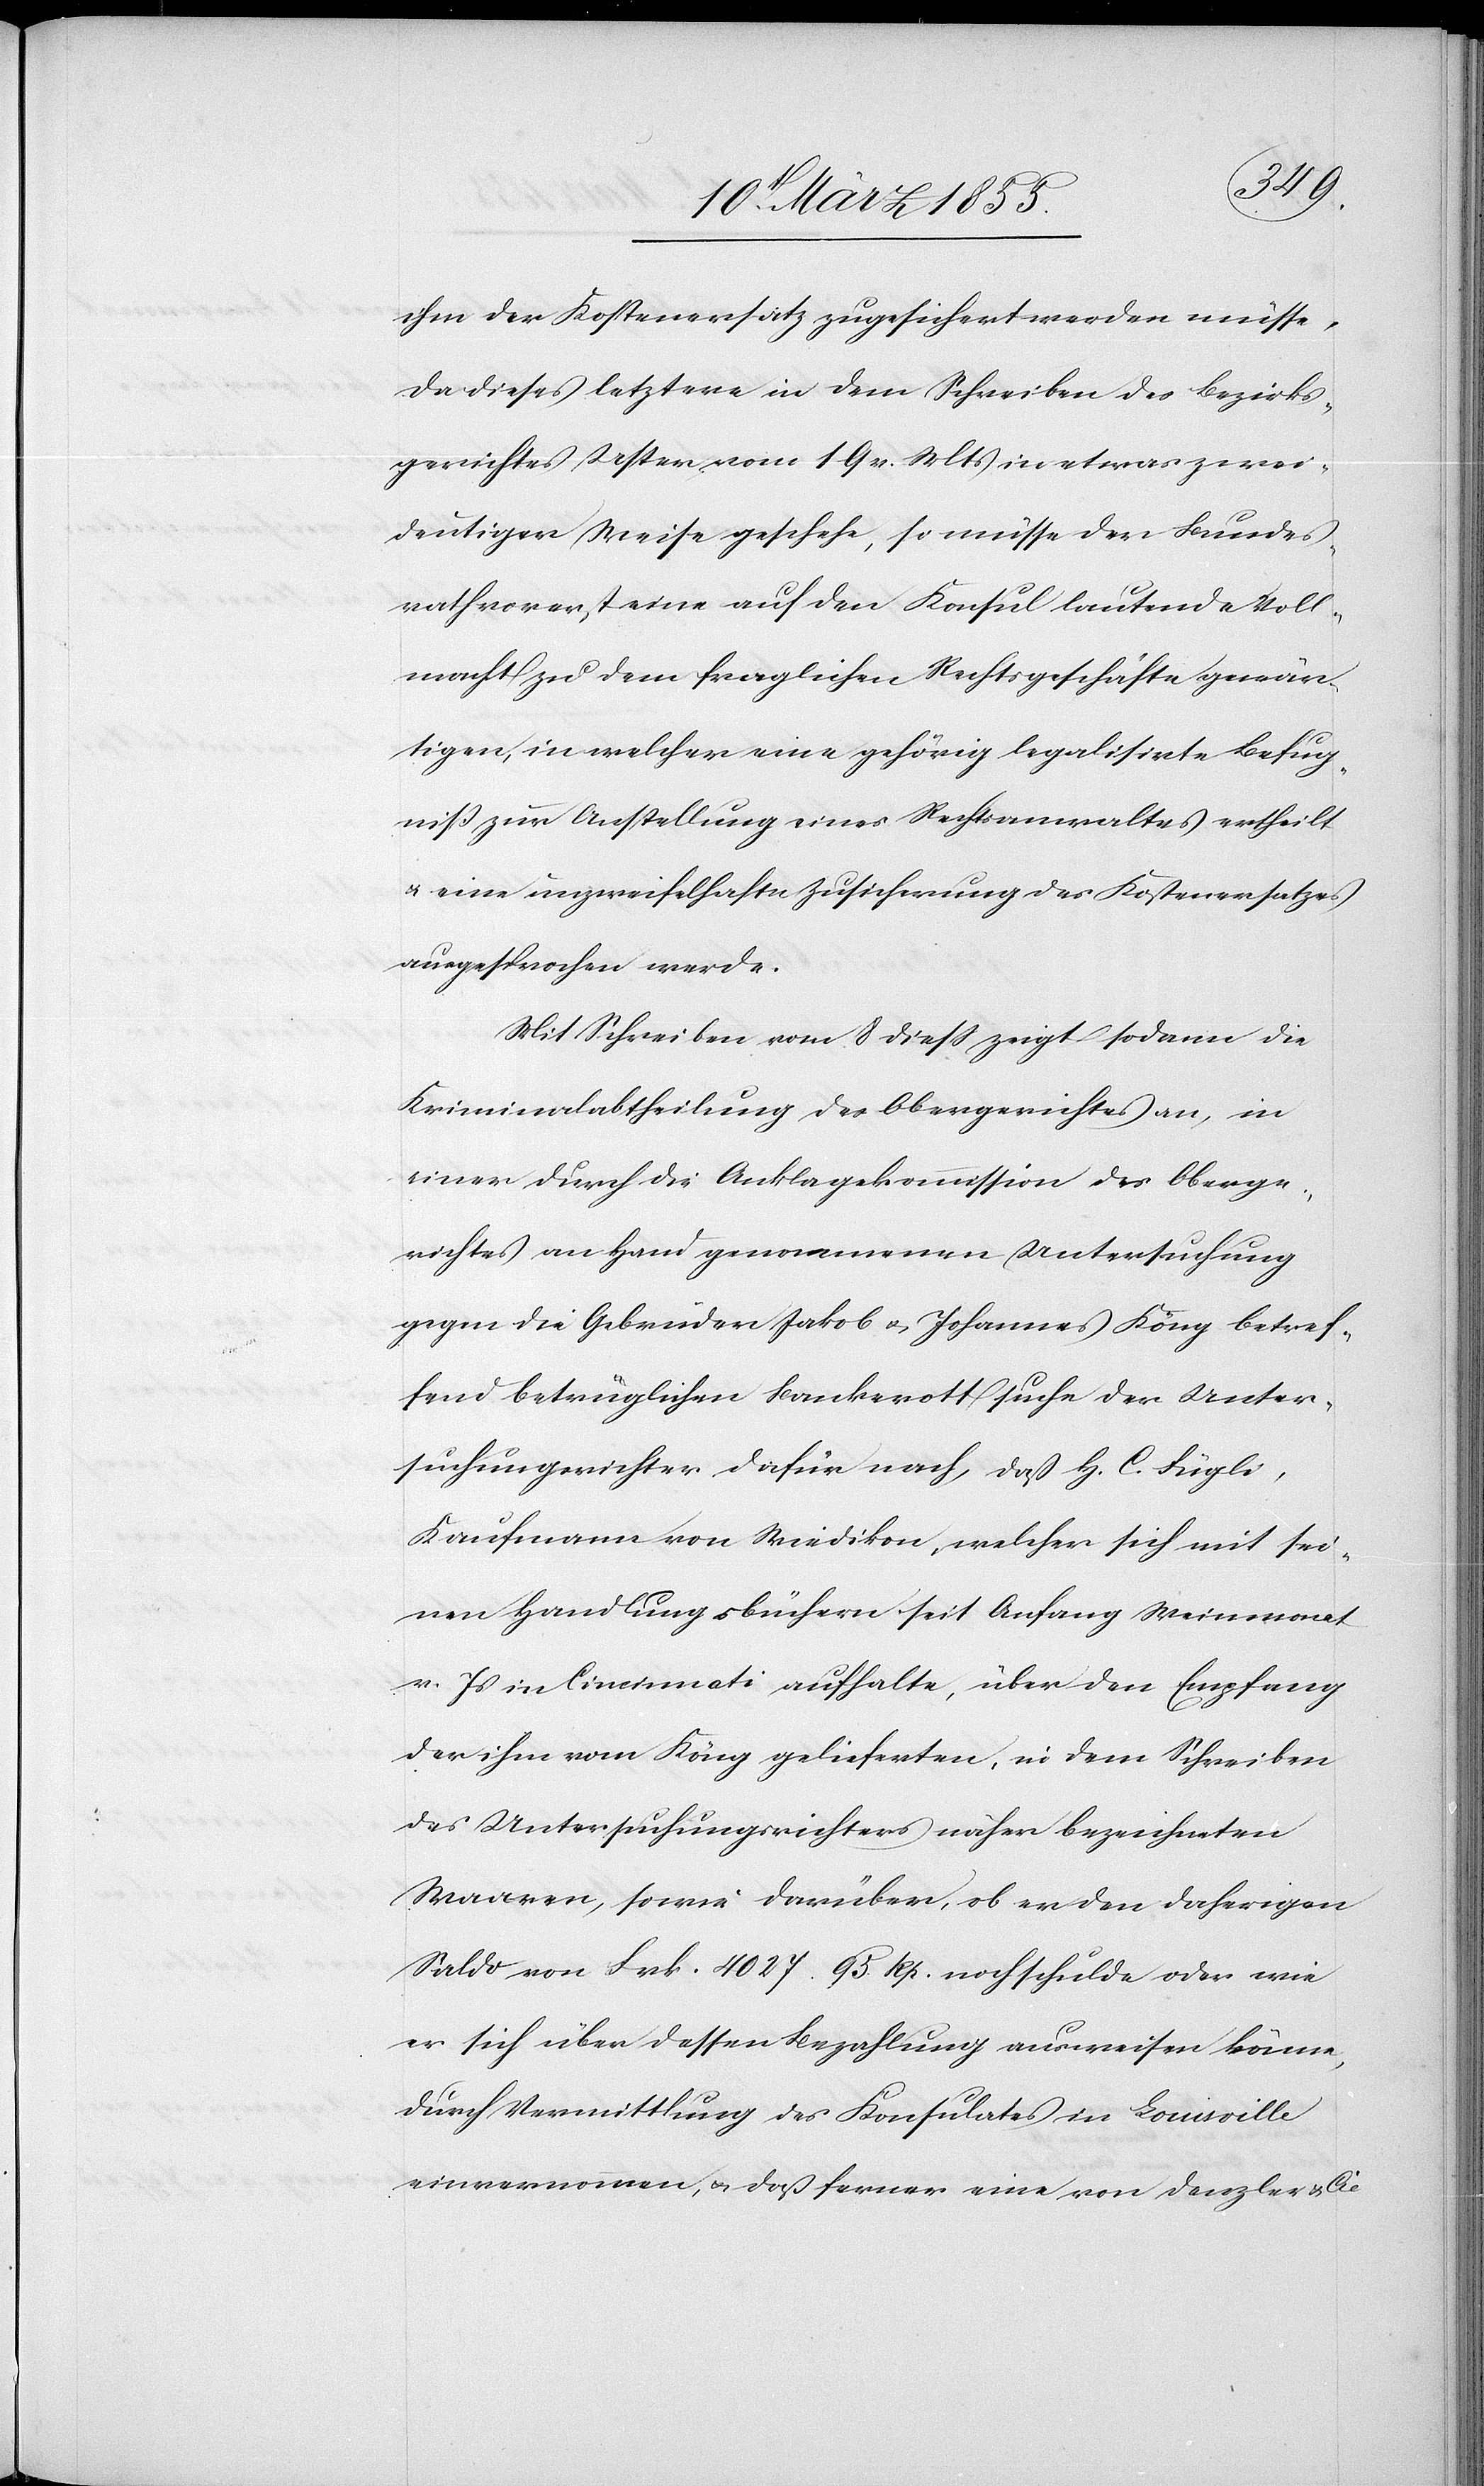
ihm der Kostenersatz zugesichert werden müsse.
Da dieses letztere in dem Schreiben des Bezirks¬
gerichtes Uster vom 19 v. Mts in etwas zwei¬
deutiger Weise geschehe, so müsse der Bundes¬
rath vorerst eine auf den Konsul lautende Voll¬
macht zu dem fraglichen Rechtsgeschäfte gewär¬
tigen, in welcher eine gehörig legalisirte Befug¬
niß zur Anstellung eines Rechtsanwaltes ertheilt
& eine unzweifelhafte Zusicherung des Kostenersatzes
ausgesprochen werde.
Mit Schreiben vom 8 dieß zeigt sodann die
Kriminalabtheilung des Obergerichtes an, in
einer durch die Anklagekommission des Oberge¬
richtes an Hand genommenen Untersuchung
gegen die Gebrüder Jakob & Johannes Köng betref¬
fend betrüglichen Bankerott suche der Unter¬
suchungsrichter dafür nach, daß H. C. Fügli,
Kaufmann von Wiedikon, welcher sich mit sei¬
nen Handlungsbüchern seit Anfang Weinmonat
v. Js in Cincinnati aufhalte, über den Empfang
der ihm vom Köng gelieferten, in dem Schreiben
des Untersuchungsrichters näher bezeichneten
Waaren, sowie darüber, ob er den daherigen
Saldo von Frk. 4027. 95 Rp. noch schulde oder wie
er sich über dessen Bezahlung ausweisen könne,
durch Vermittlung des Konsulates in Louisville
einvernommen, & daß ferner eine von Denzler & Cie